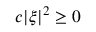
c | \xi | ^ { 2 } \geq 0